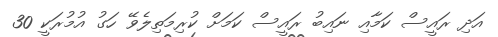
އަދި ރައީސް ކަމާއި ނައިބު ރައީސް ކަމަށް ކުރިމަތިލެވޭ ހަގު އުމުރަކީ 30